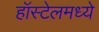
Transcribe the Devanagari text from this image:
हॉस्टेलमध्ये